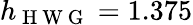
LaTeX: h_{\mathrm{~H~W~G~}}=1.375